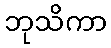
ဘုသိကာ